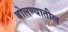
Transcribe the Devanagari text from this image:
बोलण्यातील